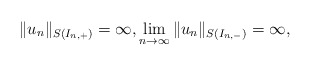
\begin{align*}\| u_n \|_{S(I_{n,+})} = \infty, \lim_{n \rightarrow \infty} \| u_n \|_{S(I_{n,-})} = \infty, \end{align*}